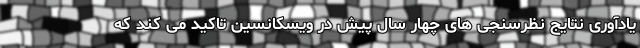
یادآوری نتایج نظرسنجی های چهار سال پیش در ویسکانسین تاکید می کند که